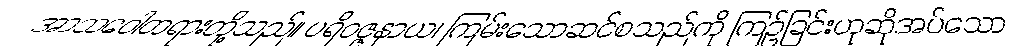
အာသဝေါတရားတို့သည်။ ပရိဝဇ္ဇနာယ၊ ကြမ်းသောဆင်စသည်ကို ကြဉ်ခြင်းဟုဆိုအပ်သော